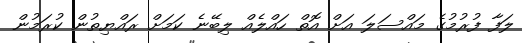
ލަފާ ފުރުމުގެ މައްސަލަ އަށް އޮތް ހައްލެއް ލިބޭނެ ކަމަށް ރައްޔިތުން ކުރަމުން